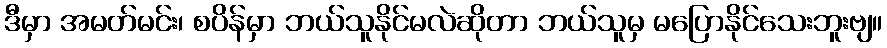
ဒီမှာ အမတ်မင်း၊ စပိန်မှာ ဘယ်သူနိုင်မလဲဆိုတာ ဘယ်သူမှ မပြောနိုင်သေးဘူးဗျ။